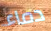
دماء